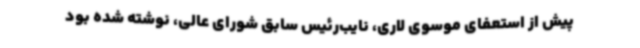
پیش از استعفای موسوی ‌لاری، نایب‌رئیس سابق شورای عالی، نوشته شده بود